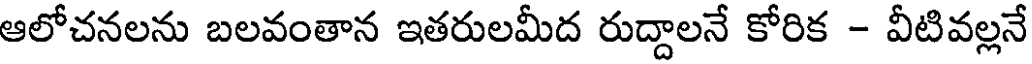
ఆలోచనలను బలవంతాన ఇతరులమీద రుద్దాలనే కోరిక - వీటివల్లనే